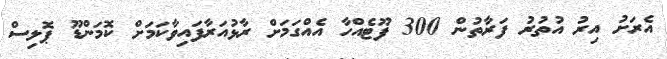
އެރަށު އިރު އުތުރު ފަރާތުން 300 ފޫޓެއްހާ އެއްގަމަށް ރާޅުއަރާފައިވާކަމަށް ކޮމަންޑޫ ޕޮލިސް